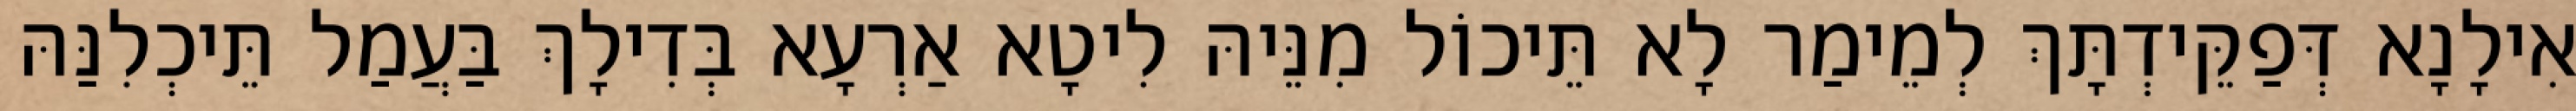
אִילָנָא דְּפַקֵּידְתָּךְ לְמֵימַר לָא תֵּיכוֹל מִנֵּיהּ לִיטָא אַרְעָא בְּדִילָךְ בַּעֲמַל תֵּיכְלִנַּהּ